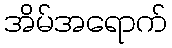
အိမ်အရောက်